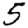
Digit: 5